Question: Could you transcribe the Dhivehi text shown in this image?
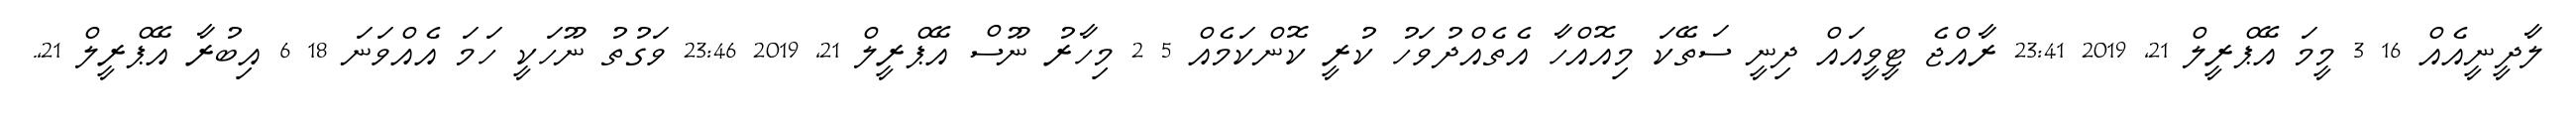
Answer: ލާދީނީއެއް 16 3 މީމަ އޭޕްރީލް 21, 2019 23:41 ރާއްޖެ ޓީވީއައް ދިނީ ސަތޭކަ މިއޮއްހާ އެތެއްދުވަހު ކުރީ ކޮންކަމެއް 5 2 މިހާރު ނޫސް އޭޕްރީލް 21, 2019 23:46 ވަގުތު ނޫހަކީ ހަމަ އެއްވަނަ 18 6 އިބުރާ އޭޕްރީލް 21,.